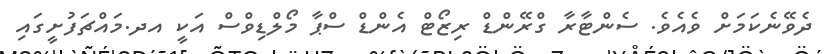
ދެވޭނެކަމަށް ވެއެވެ. ސެންޓާރާ ގްރޭންޑް ރިޒޯޓް އެންޑް ސްޕާ މޯލްޑިވްސް އަކީ އދ.މައްޗަފުށީގައި